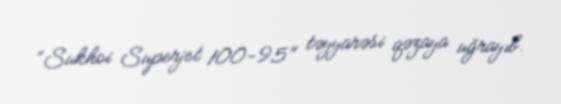
“Sukhoi Superjet 100-95" təyyarəsi qəzaya uğrayıb.